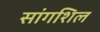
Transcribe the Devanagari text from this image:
सांगशिल